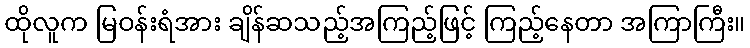
ထိုလူက မြဝန်းရံအား ချိန်ဆသည့်အကြည့်ဖြင့် ကြည့်နေတာ အကြာကြီး။